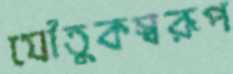
যৌতুকস্বরূপ